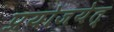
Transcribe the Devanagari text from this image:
प्रयोजयेत्